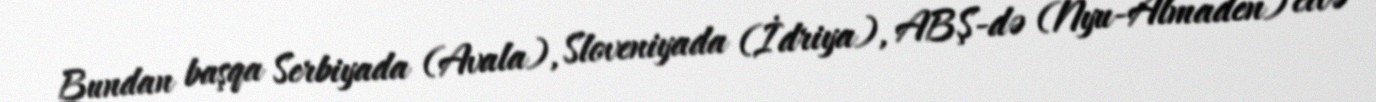
Bundan başqa Serbiyada (Avala), Sloveniyada (İdriya), ABŞ-də (Nyu-Almaden) civə